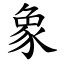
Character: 象